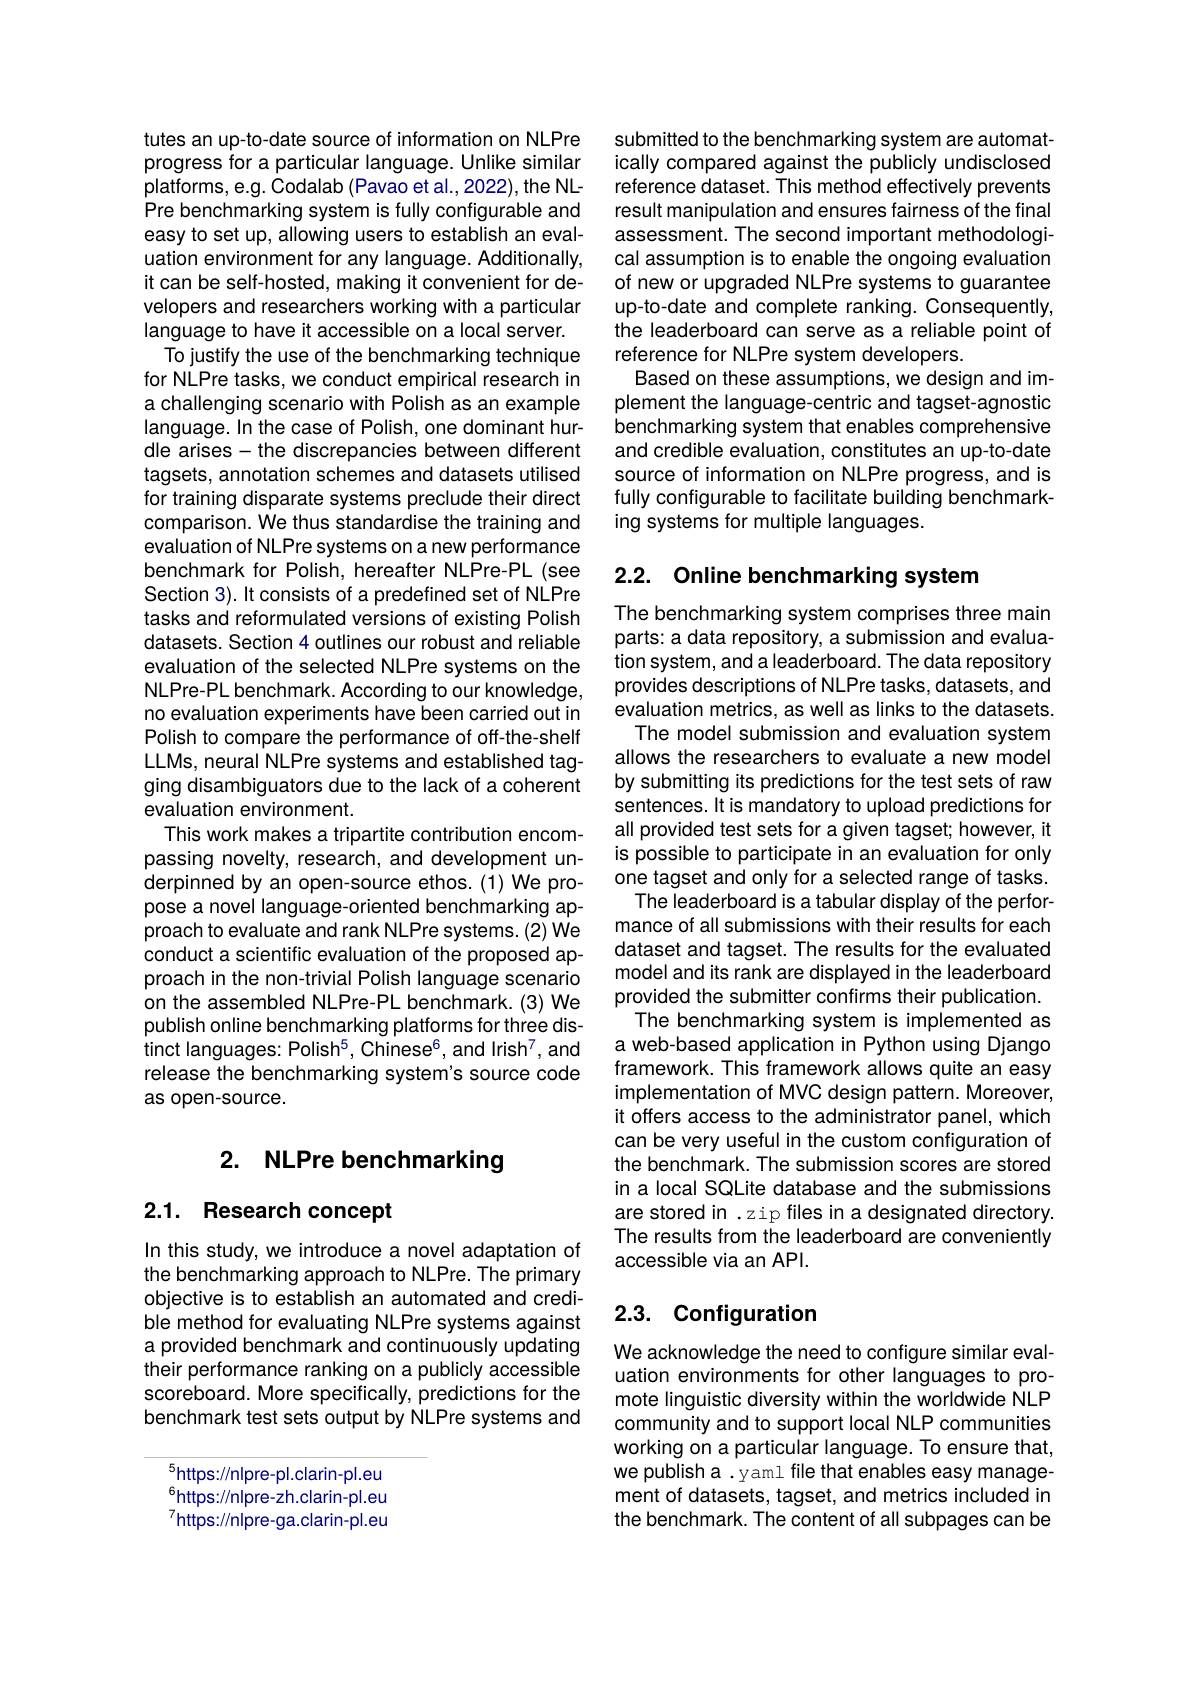
tutes an up-to-date source of information on NLPre progress for a particular language. Unlike similar platforms, e.g. Codalab (Pavao et al., 2022), the NLPre benchmarking system is fully configurable and easy to set up, allowing users to establish an evaluation environment for any language. Additionally, it can be self-hosted, making it convenient for developers and researchers working with a particular language to have it accessible on a local server.
To justify the use of the benchmarking technique for NLPre tasks, we conduct empirical research in a challenging scenario with Polish as an example language. In the case of Polish, one dominant hurdle arises- the discrepancies between different tagsets, annotation schemes and datasets utilised for training disparate systems preclude their direct comparison. We thus standardise the training and evaluation of NLPre systems on a new performance benchmark for Polish, hereafter NLPre-PL (see Section 3). It consists of a predefined set of NLPre tasks and reformulated versions of existing Polish datasets. Section 4 outlines our robust and reliable evaluation of the selected NLPre systems on the NLPre-PL benchmark. According to our knowledge, no evaluation experiments have been carried out in Polish to compare the performance of off-the-shelf LLMs, neural NLPre systems and established tagging disambiguators due to the lack of a coherent evaluation environment.
This work makes a tripartite contribution encompassing novelty, research, and development underpinned by an open-source ethos.(1) We propose a novel language-oriented benchmarking approach to evaluate and rank NLPre systems. (2) We conduct a scientific evaluation of the proposed approach in the non-trivial Polish language scenario on the assembled NLPre-PL benchmark. (3) We publish online benchmarking platforms for three distinct languages: Polish$^5$, Chinese$^6$, and Irish$^7$, and release the benchmarking system's source code as open-source.

## 2. NLPre benchmarking

## 2.1. Research concept

In this study, we introduce a novel adaptation of the benchmarking approach to NLPre. The primary objective is to establish an automated and credible method for evaluating NLPre systems against a provided benchmark and continuously updating their performance ranking on a publicly accessible scoreboard. More specifically, predictions for the benchmark test sets output by NLPre systems and

$^{5}$https://nlpre-pl.clarin-pl.eu

$^{6}$https://nlpre-zh.clarin-pl.eu

$^{7}$https://nlpre-ga.clarin-pl.eu

submitted to the benchmarking system are automatically compared against the publicly undisclosed reference dataset. This method effectively prevents result manipulation and ensures fairness of the final assessment. The second important methodological assumption is to enable the ongoing evaluation of new or upgraded NLPre systems to guarantee up-to-date and complete ranking. Consequently, the leaderboard can serve as a reliable point of reference for NLPre system developers.
Based on these assumptions, we design and implement the language-centric and tagset-agnostic benchmarking system that enables comprehensive and credible evaluation, constitutes an up-to-date source of information on NLPre progress, and is fully configurable to facilitate building benchmarking systems for multiple languages.

# 2.2. Online benchmarking system

The benchmarking system comprises three main parts: a data repository, a submission and evaluation system, and a leaderboard. The data repository provides descriptions of NLPre tasks, datasets, and evaluation metrics, as well as links to the datasets.
The model submission and evaluation system allows the researchers to evaluate a new model by submitting its predictions for the test sets of raw sentences. It is mandatory to upload predictions for all provided test sets for a given tagset; however, it is possible to participate in an evaluation for only one tagset and only for a selected range of tasks. The leaderboard is a tabular display of the perfor-
mance of all submissions with their results for each dataset and tagset. The results for the evaluated model and its rank are displayed in the leaderboard provided the submitter confirms their publication.
The benchmarking system is implemented as a web-based application in Python using Django framework. This framework allows quite an easy implementation of MVC design pattern. Moreover, it offers access to the administrator panel, which can be very useful in the custom configuration of the benchmark. The submission scores are stored in a local SQLite database and the submissions are stored in .zip files in a designated directory. The results from the leaderboard are conveniently accessible via an API.

## 2.3. Configuration

We acknowledge the need to configure similar evaluation environments for other languages to promote linguistic diversity within the worldwide NLP community and to support local NLP communities working on a particular language. To ensure that, we publish a . y aml file that enables easy management of datasets, tagset, and metrics included in the benchmark. The content of all subpages can be